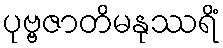
ပုဗ္ဗဇာတိမနုဿရိံ